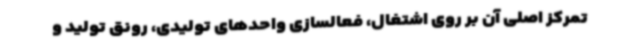
تمرکز اصلی آن بر روی اشتغال، فعالسازی واحدهای تولیدی، رونق تولید و